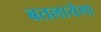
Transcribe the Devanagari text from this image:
बतलायेगा